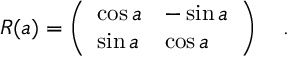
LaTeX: R ( a ) = \left( \begin{array} { l l } { { \cos a } } & { { - \sin a } } \\ { { \sin a } } & { { \cos a } } \end{array} \right) \quad .